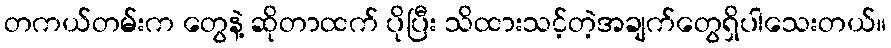
တကယ်တမ်းက တွေနဲ့ ဆိုတာထက် ပိုပြီး သိထားသင့်တဲ့အချက်တွေရှိပါသေးတယ်။